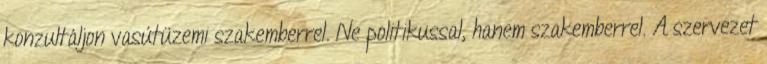
konzultáljon vasútüzemi szakemberrel. Ne politikussal, hanem szakemberrel. A szervezet